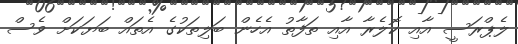
ލެޕްރަސީ އާއި ކޮލެރާ އާއި ތަފާތު އެހެން ބަލިތަކުގެ އެތައް ބަޔަކަށް ވެސް